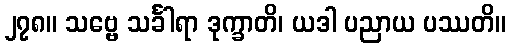
၂၇၈။ သဗ္ဗေ သင်္ခါရာ ဒုက္ခာတိ၊ ယဒါ ပညာယ ပဿတိ။